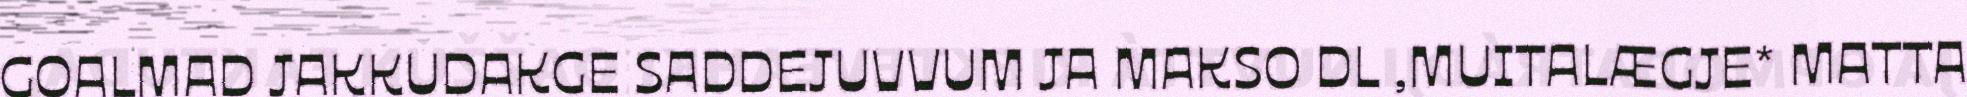
GOALMAD JAKKUDAKGE SADDEJUVVUM JA MAKSO DL ,MUITALÆGJE* MATTA